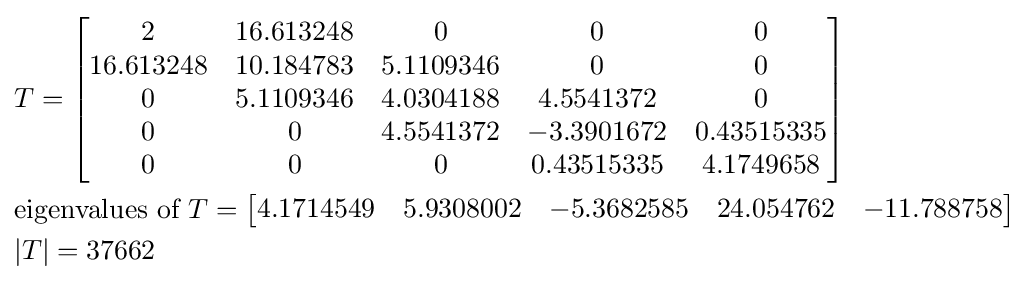
{\begin{aligned}&T={\begin{bmatrix}2&16.613248&0&0&0\\16.613248&10.184783&5.1109346&0&0\\0&5.1109346&4.0304188&4.5541372&0\\0&0&4.5541372&-3.3901672&0.43515335\\0&0&0&0.43515335&4.1749658\\\end{bmatrix}}\\&{\text{eigenvalues of }}T={\begin{bmatrix}4.1714549&5.9308002&-5.3682585&24.054762&-11.788758\end{bmatrix}}\\&|T|=37662\end{aligned}}